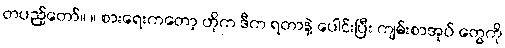
တပည့်တော်။ ။ စားရေးကတော့ ဟိုက ဒီက ရတာနဲ့ ပေါင်းပြီး ကျမ်းစာအုပ် တွေကို